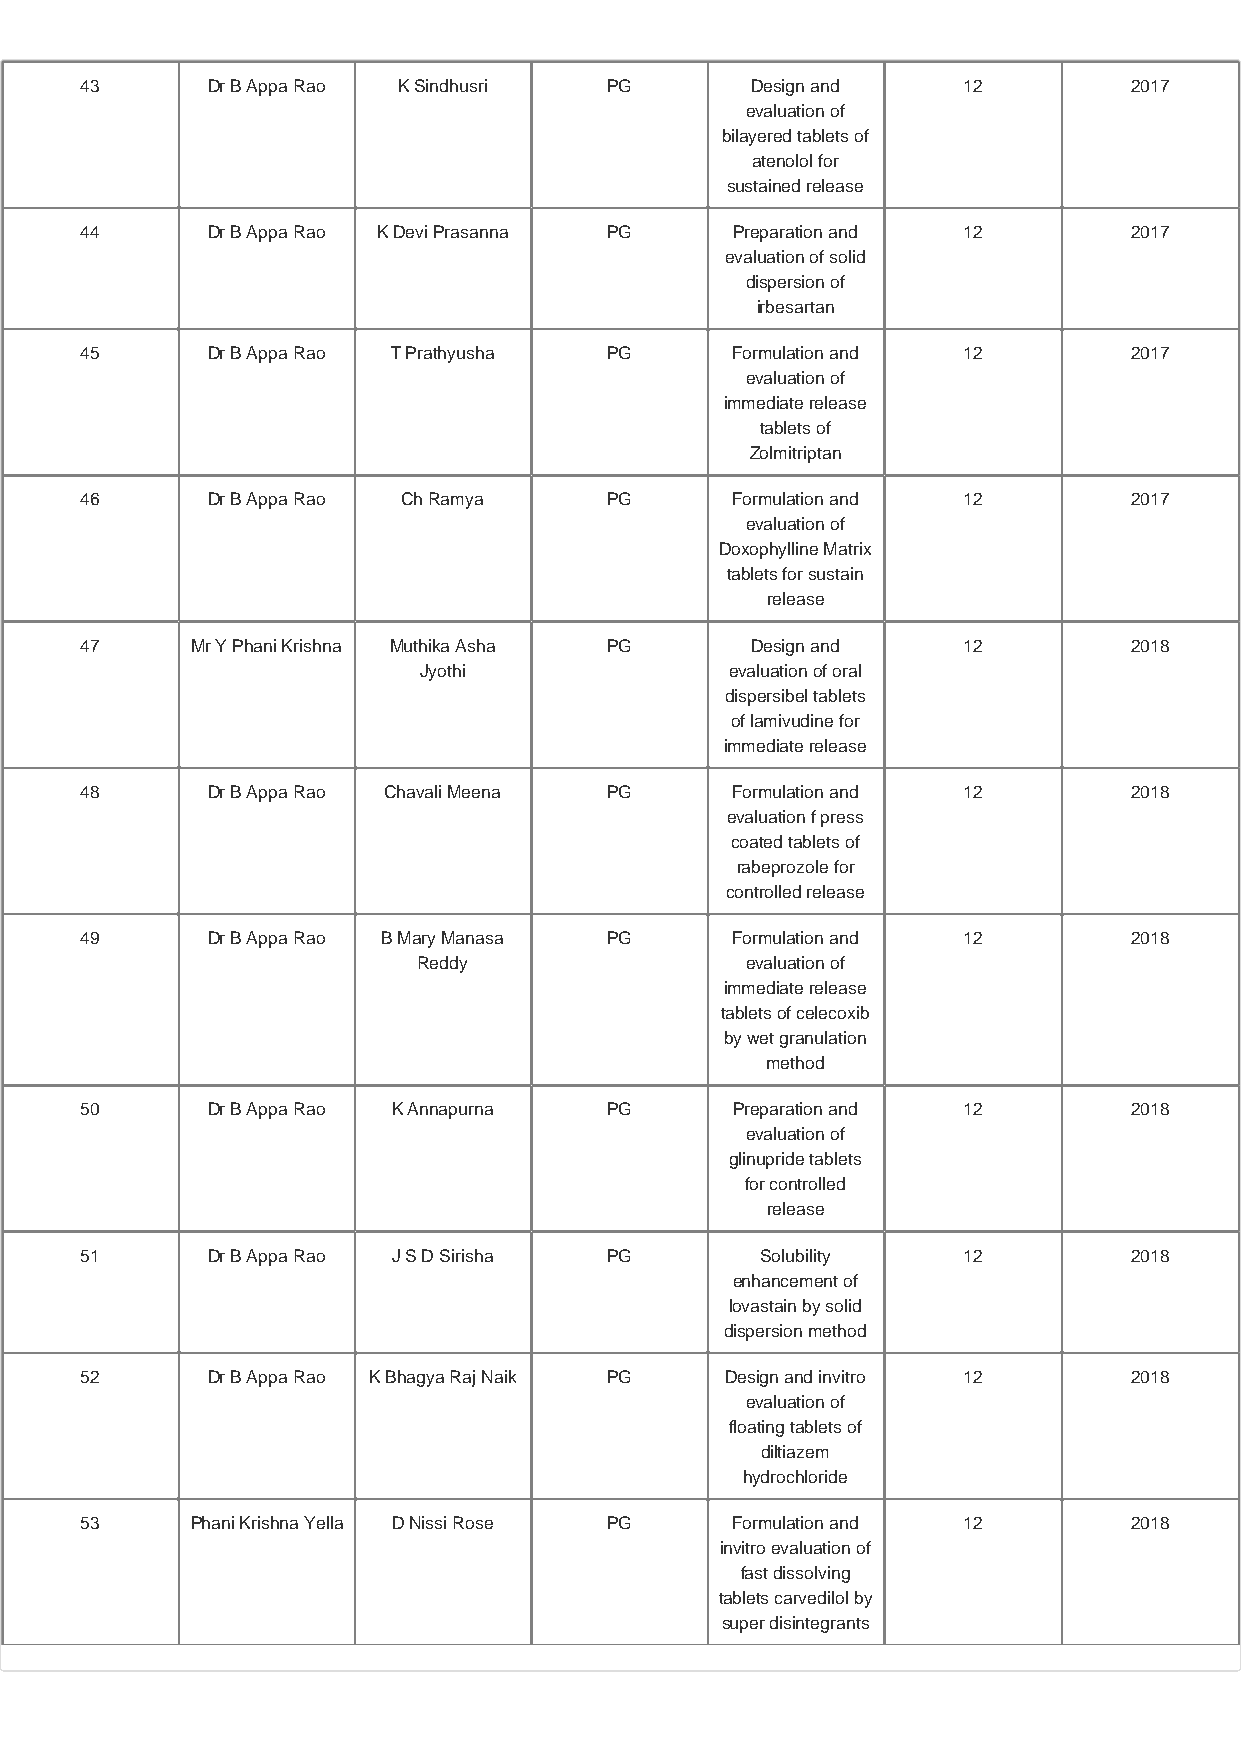
43       Dr B Appa Rao K Sindhusri PG        Design and    12         2017
 evaluation of
 bilayered tablets of
 atenolol for
 sustained release
 44       Dr B Appa Rao K Devi Prasanna PG   Preparation and 12        2017
 evaluation of solid
 dispersion of
 irbesartan
 45       Dr B Appa Rao T Prathyusha PG     Formulation and 12         2017
 evaluation of
 immediate release
 tablets of
 Zolmitriptan
 46       Dr B Appa Rao Ch Ramya    PG      Formulation and 12         2017
 evaluation of
 Doxophylline Matrix
 tablets for sustain
 release
 47      Mr Y Phani Krishna Muthika Asha PG   Design and    12         2018
 Jyothi              evaluation of oral
 dispersibel tablets
 of lamivudine for
 immediate release
 48       Dr B Appa Rao Chavali Meena PG    Formulation and 12         2018
 evaluation f press
 coated tablets of
 rabeprozole for
 controlled release
 49       Dr B Appa Rao B Mary Manasa PG    Formulation and 12         2018
 Reddy                evaluation of
 immediate release
 tablets of celecoxib
 by wet granulation
 method
 50       Dr B Appa Rao K Annapurna PG       Preparation and 12        2018
 evaluation of
 glinupride tablets
 for controlled
 release
 51       Dr B Appa Rao J S D Sirisha PG      Solubility    12         2018
 enhancement of
 lovastain by solid
 dispersion method
 52       Dr B Appa Rao K Bhagya Raj Naik PG Design and invitro 12     2018
 evaluation of
 floating tablets of
 diltiazem
 hydrochloride
 53      Phani Krishna Yella D Nissi Rose PG Formulation and 12        2018
 invitro evaluation of
 fast dissolving
 tablets carvedilol by
 super disintegrants